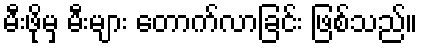
မီးဖိုမှ မီးများ တောက်လာခြင်း ဖြစ်သည်။